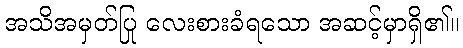
အသိအမှတ်ပြု လေးစားခံရသော အဆင့်မှာရှိ၏။